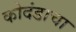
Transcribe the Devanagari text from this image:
कोदंडाचा